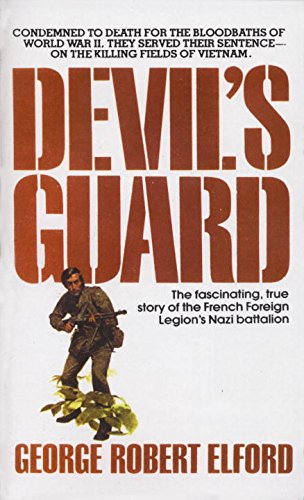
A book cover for Devil's Guard; George R. Elford; History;